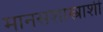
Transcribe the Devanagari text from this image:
मानसशास्त्राशी